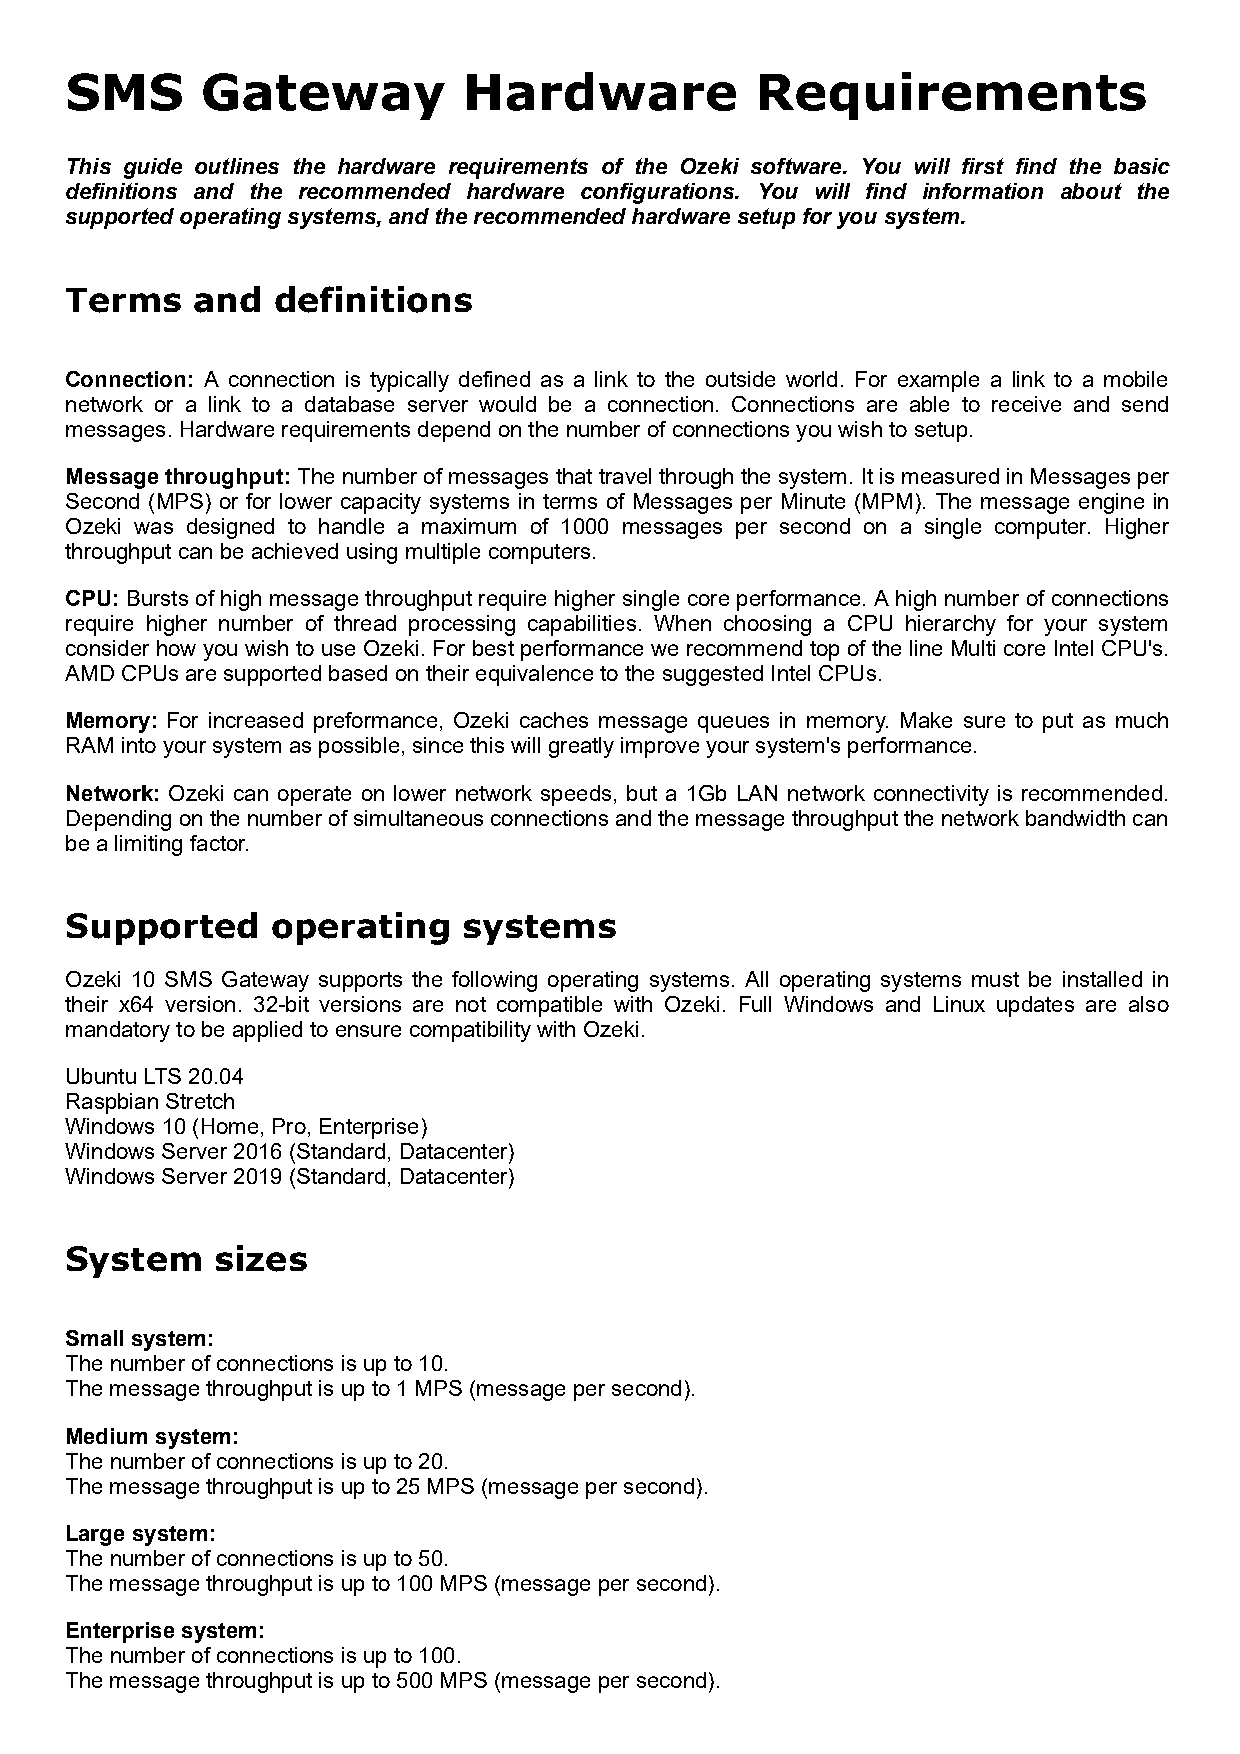
SMS      Gateway           Hardware           Requirements
 This guide outlines the hardware requirements of the Ozeki software. You will first find the basic
 definitions and the recommended hardware configurations. You will find information about the
 supported operating systems, and the recommended hardware setup for you system.
 Terms    and  definitions
 Connection: A connection is typically defined as a link to the outside world. For example a link to a mobile
 network or a link to a database server would be a connection. Connections are able to receive and send
 messages. Hardware requirements depend on the number of connections you wish to setup.
 Message throughput: The number of messages that travel through the system. It is measured in Messages per
 Second (MPS) or for lower capacity systems in terms of Messages per Minute (MPM). The message engine in
 Ozeki was designed to handle a maximum of 1000 messages per second on a single computer. Higher
 throughput can be achieved using multiple computers.
 CPU: Bursts of high message throughput require higher single core performance. A high number of connections
 require higher number of thread processing capabilities. When choosing a CPU hierarchy for your system
 consider how you wish to use Ozeki. For best performance we recommend top of the line Multi core Intel CPU's.
 AMD CPUs are supported based on their equivalence to the suggested Intel CPUs.
 Memory: For increased preformance, Ozeki caches message queues in memory. Make sure to put as much
 RAM into your system as possible, since this will greatly improve your system's performance.
 Network: Ozeki can operate on lower network speeds, but a 1Gb LAN network connectivity is recommended.
 Depending on the number of simultaneous connections and the message throughput the network bandwidth can
 be a limiting factor.
 Supported     operating    systems
 Ozeki 10 SMS Gateway supports the following operating systems. All operating systems must be installed in
 their x64 version. 32-bit versions are not compatible with Ozeki. Full Windows and Linux updates are also
 mandatory to be applied to ensure compatibility with Ozeki.
 Ubuntu LTS 20.04
 Raspbian Stretch
 Windows 10 (Home, Pro, Enterprise)
 Windows Server 2016 (Standard, Datacenter)
 Windows Server 2019 (Standard, Datacenter)
 System    sizes
 Small system:
 The number of connections is up to 10.
 The message throughput is up to 1 MPS (message per second).
 Medium system:
 The number of connections is up to 20.
 The message throughput is up to 25 MPS (message per second).
 Large system:
 The number of connections is up to 50.
 The message throughput is up to 100 MPS (message per second).
 Enterprise system:
 The number of connections is up to 100.
 The message throughput is up to 500 MPS (message per second).